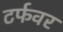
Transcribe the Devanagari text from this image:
टर्फवर